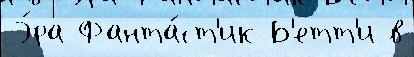
Э́ра Фанта́ст'ик Б'етт'и в